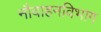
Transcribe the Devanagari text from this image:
नौवाहनविभाग